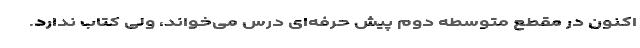
اکنون در مقطع متوسطه دوم پیش حرفه‌ای درس می‌خواند، ولی کتاب ندارد.